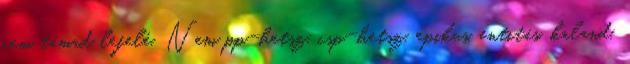
nem támad lefelé. Nem pp-hetsz, csp-hetsz, epikus, entitás, kaland,